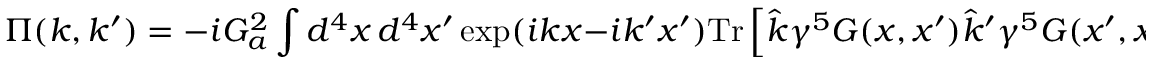
\Pi ( k , k ^ { \prime } ) = - i G _ { a } ^ { 2 } \int d ^ { 4 } x \, d ^ { 4 } x ^ { \prime } \exp ( i k x - i k ^ { \prime } x ^ { \prime } ) \mathrm { T r } \left[ \hat { k } \gamma ^ { 5 } G ( x , x ^ { \prime } ) \hat { k } ^ { \prime } \gamma ^ { 5 } G ( x ^ { \prime } , x ) \right] .